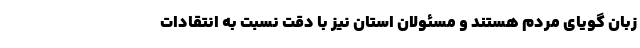
زبان گویای مردم هستند و مسئولان استان نیز با دقت نسبت به انتقادات